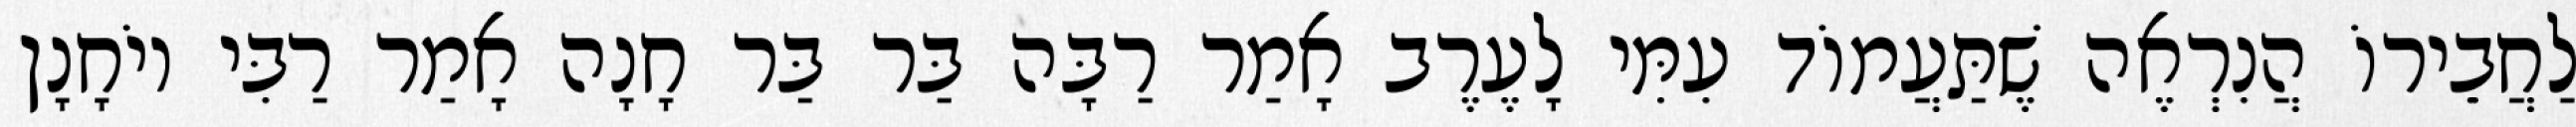
לַחֲבֵירוֹ הֲנִרְאֶה שֶׁתַּעֲמוֹד עִמִּי לָעֶרֶב אָמַר רַבָּה בַּר בַּר חָנָה אָמַר רַבִּי יוֹחָנָן